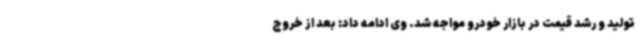
تولید و رشد قیمت در بازار خودرو مواجه شد. وی ادامه داد: بعد از خروج